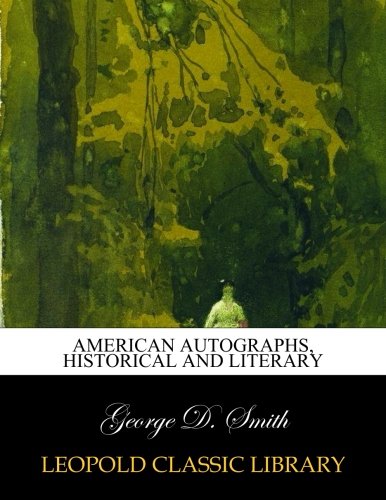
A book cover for American autographs, historical and literary; George D. Smith; Crafts, Hobbies & Home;